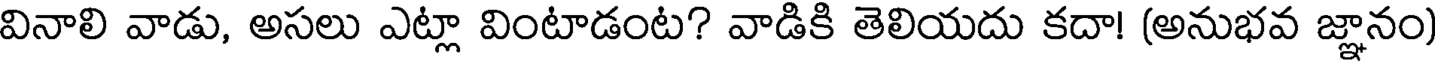
వినాలి వాడు, అసలు ఎట్లా వింటాడంట? వాడికి తెలియదు కదా! (అనుభవ జ్ఞానం